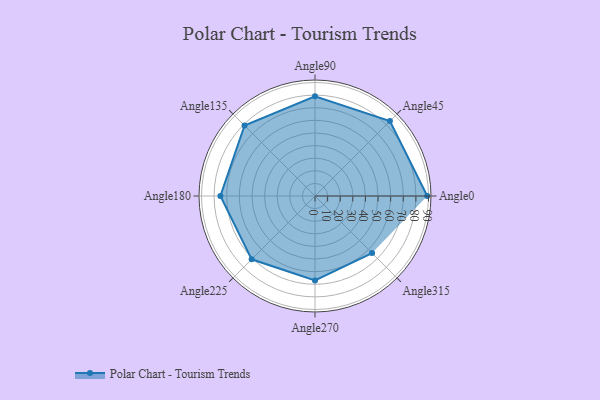
{"axis": {"x": "Angle", "y": "Radius"}, "legend": [""], "data": [{"x": "Angle0", "y": 89.0, "type": ""}, {"x": "Angle45", "y": 84.0, "type": ""}, {"x": "Angle90", "y": 79.0, "type": ""}, {"x": "Angle135", "y": 79.0, "type": ""}, {"x": "Angle180", "y": 75.0, "type": ""}, {"x": "Angle225", "y": 71.0, "type": ""}, {"x": "Angle270", "y": 67.0, "type": ""}, {"x": "Angle315", "y": 64.0, "type": ""}]}